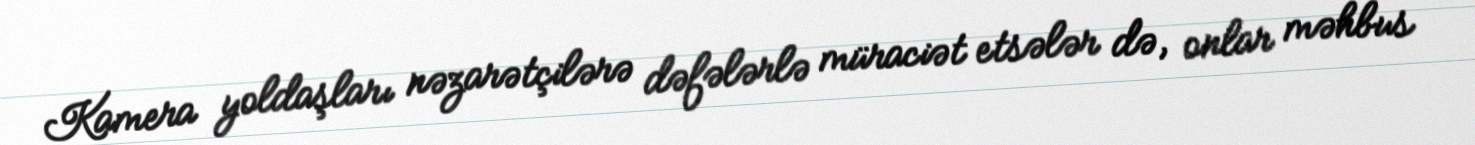
Kamera yoldaşları nəzarətçilərə dəfələrlə müraciət etsələr də, onlar məhbus